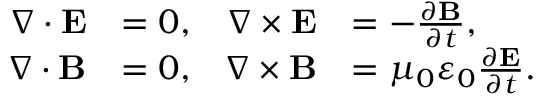
{ \begin{array} { r l r l } { \nabla \cdot \mathbf { E } } & { = 0 , } & { \nabla \times \mathbf { E } } & { = - { \frac { \partial \mathbf { B } } { \partial t } } , } \\ { \nabla \cdot \mathbf { B } } & { = 0 , } & { \nabla \times \mathbf { B } } & { = \mu _ { 0 } \varepsilon _ { 0 } { \frac { \partial \mathbf { E } } { \partial t } } . } \end{array} }